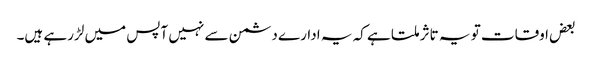
بعض اوقات تو یہ تاثر ملتا ہے کہ یہ ادارے دشمن سے نہیں آپس میں لڑرہے ہیں۔